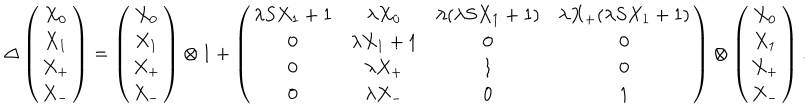
\Delta \left( \begin{array} { c } { { X _ { 0 } } } \\ { { X _ { 1 } } } \\ { { X _ { + } } } \\ { { X _ { - } } } \\ \end{array} \right) = \left( \begin{array} { c } { { X _ { 0 } } } \\ { { X _ { 1 } } } \\ { { X _ { + } } } \\ { { X _ { - } } } \\ \end{array} \right) \otimes 1 + \left( \begin{array} { c c c c } { { \lambda S X _ { 1 } + 1 } } & { { \lambda X _ { 0 } } } & { { \lambda ( \lambda S X _ { 1 } + 1 ) } } & { { \lambda X _ { + } ( \lambda S X _ { 1 } + 1 ) } } \\ { { 0 } } & { { \lambda X _ { 1 } + 1 } } & { { 0 } } & { { 0 } } \\ { { 0 } } & { { \lambda X _ { + } } } & { { 1 } } & { { 0 } } \\ { { 0 } } & { { \lambda X _ { - } } } & { { 0 } } & { { 1 } } \\ \end{array} \right) \otimes \left( \begin{array} { c } { { X _ { 0 } } } \\ { { X _ { 1 } } } \\ { { X _ { + } } } \\ { { X _ { - } } } \\ \end{array} \right) .